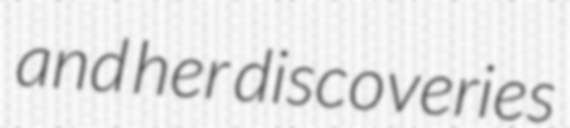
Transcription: and her discoveries